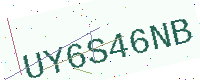
Text: UY6S46NB